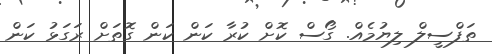
ތަފްސީލް ލިޔުމެއް. ގޯސް ކޮށް ކުރާ ކަން ކަން ގޮތަށް ރަގަޅު ކަން